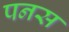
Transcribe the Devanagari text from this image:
पनस